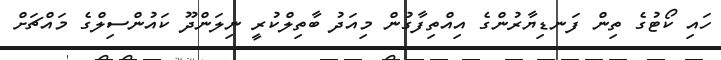
ހައި ކޯޓުގެ ތިން ފަނޑިޔާރުންގެ އިއްތިފާގުން މިއަދު ބާތިލްކުރީ ނިލަންދޫ ކައުންސިލްގެ މައްޗަށް